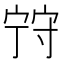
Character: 𡨺